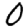
Digit: 0